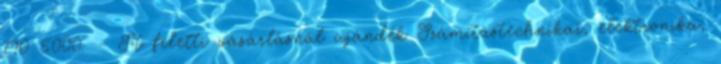
790 5000. - Ft feletti vásárlásnál ajándék Számítástechnikai, elektronika,